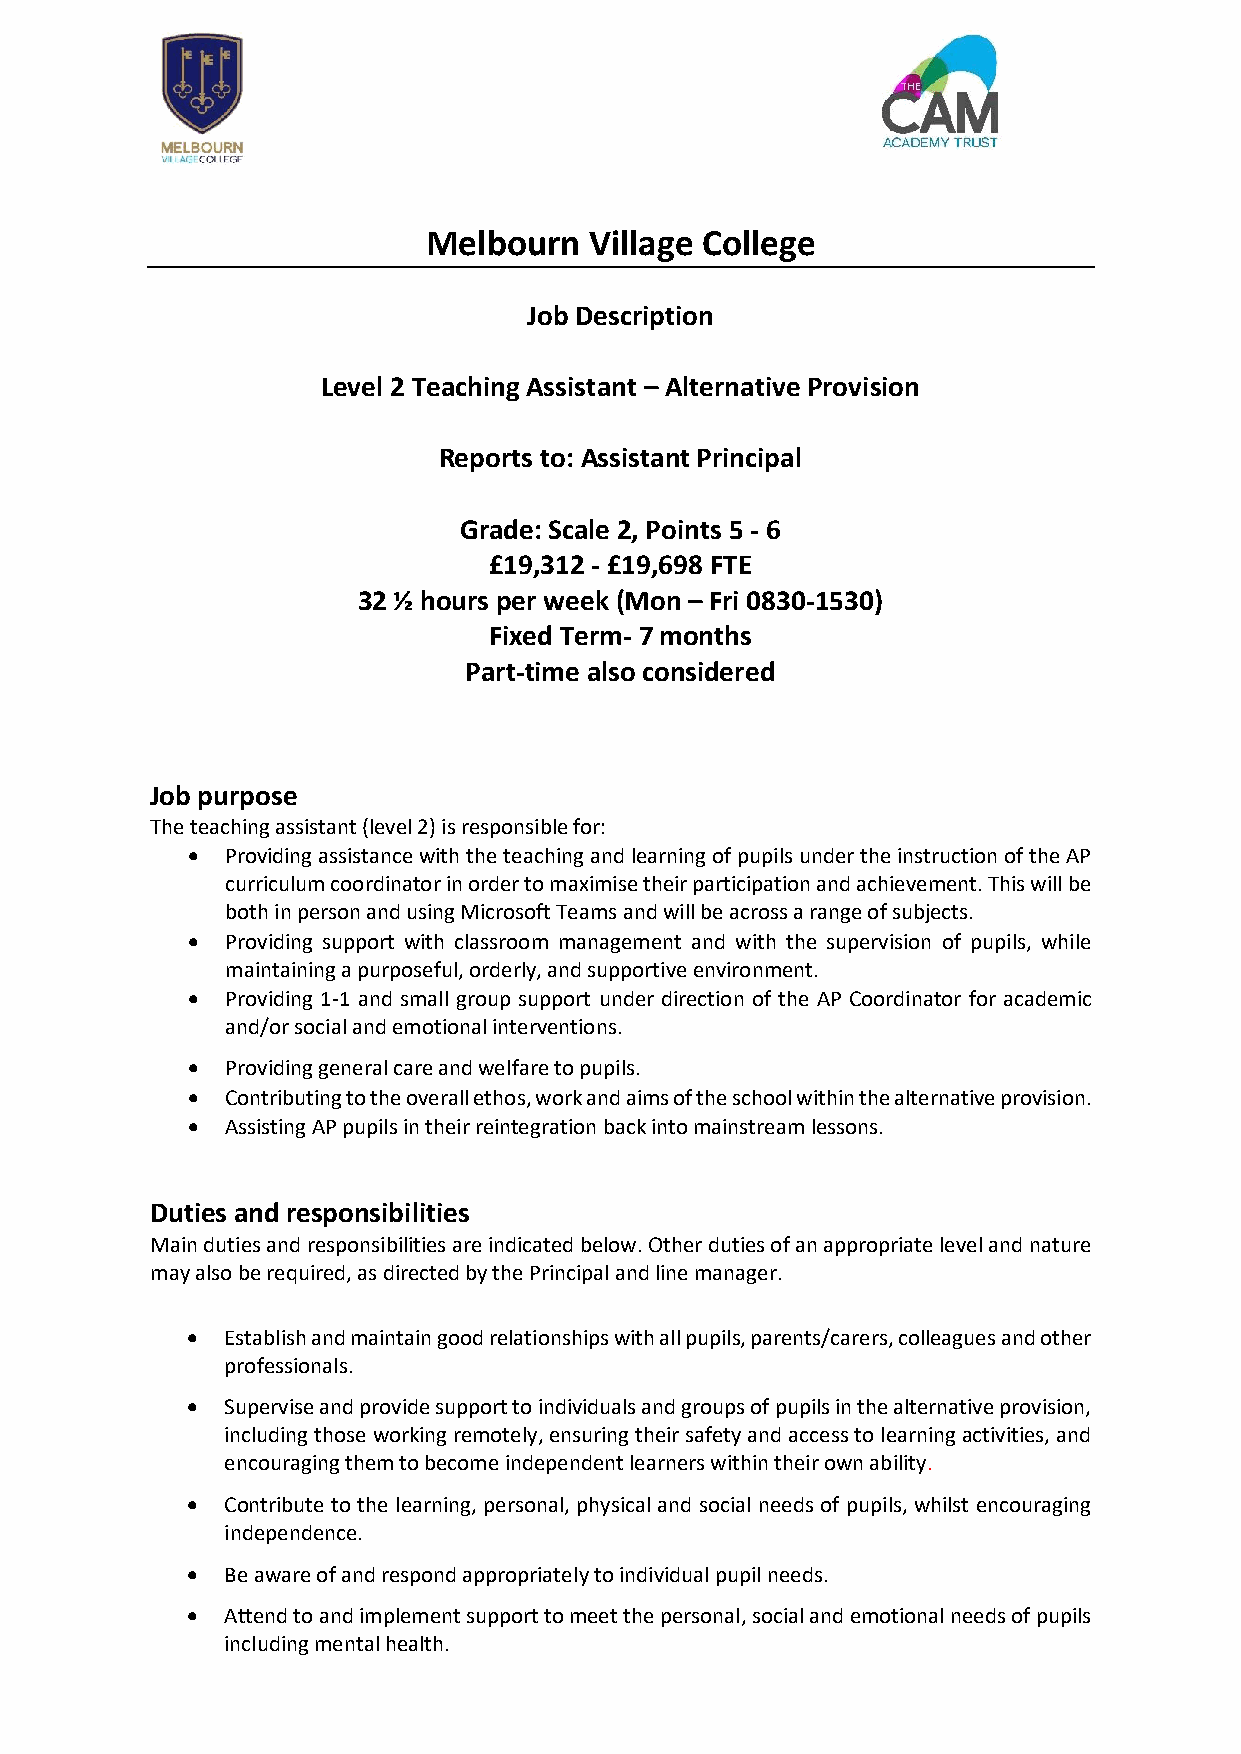
Melbourn   Village College
 Job Description
 Level 2 Teaching Assistant – Alternative Provision
 Reports to: Assistant Principal
 Grade: Scale 2, Points 5 - 6
 £19,312 - £19,698 FTE
 32 ½ hours per week (Mon – Fri 0830-1530)
 Fixed Term- 7 months
 Part-time also considered
 Job purpose
 The teaching assistant (level 2) is responsible for:
 •  Providing assistance with the teaching and learning of pupils under the instruction of the AP
 curriculum coordinator in order to maximise their participation and achievement. This will be
 both in person and using Microsoft Teams and will be across a range of subjects.
 •  Providing support with classroom management and with the supervision of pupils, while
 maintaining a purposeful, orderly, and supportive environment.
 •  Providing 1-1 and small group support under direction of the AP Coordinator for academic
 and/or social and emotional interventions.
 •  Providing general care and welfare to pupils.
 •  Contributing to the overall ethos, work and aims of the school within the alternative provision.
 •  Assisting AP pupils in their reintegration back into mainstream lessons.
 Duties and responsibilities
 Main duties and responsibilities are indicated below. Other duties of an appropriate level and nature
 may also be required, as directed by the Principal and line manager.
 •  Establish and maintain good relationships with all pupils, parents/carers, colleagues and other
 professionals.
 •  Supervise and provide support to individuals and groups of pupils in the alternative provision,
 including those working remotely, ensuring their safety and access to learning activities, and
 encouraging them to become independent learners within their own ability.
 •  Contribute to the learning, personal, physical and social needs of pupils, whilst encouraging
 independence.
 •  Be aware of and respond appropriately to individual pupil needs.
 •  Attend to and implement support to meet the personal, social and emotional needs of pupils
 including mental health.